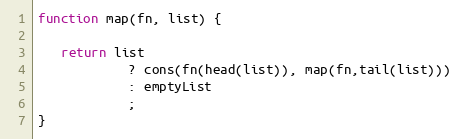
Language: JavaScript
function map(fn, list) {

   return list
            ? cons(fn(head(list)), map(fn,tail(list)))
            : emptyList
            ;
}